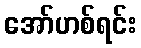
အော်ဟစ်ရင်း